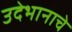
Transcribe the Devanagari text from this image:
उदेभानाचे